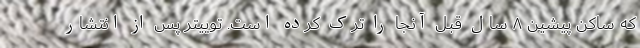
که ساکن پیشین ۸ سال قبل آنجا را ترک کرده است. توییتر پس از انتشار